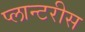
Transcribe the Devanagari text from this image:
प्लान्टरीस